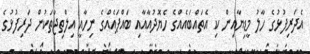
އެދަރިފުޅުގެ ހާލު މީޑިޔާއިން ކި އެތައްބައެއްގެ ހެޔޮދުއާއާއި ބައްޕައެއްގެ ނިހާއީ އިލްތިޖާތަކުން ދަރިފުޅުގެ